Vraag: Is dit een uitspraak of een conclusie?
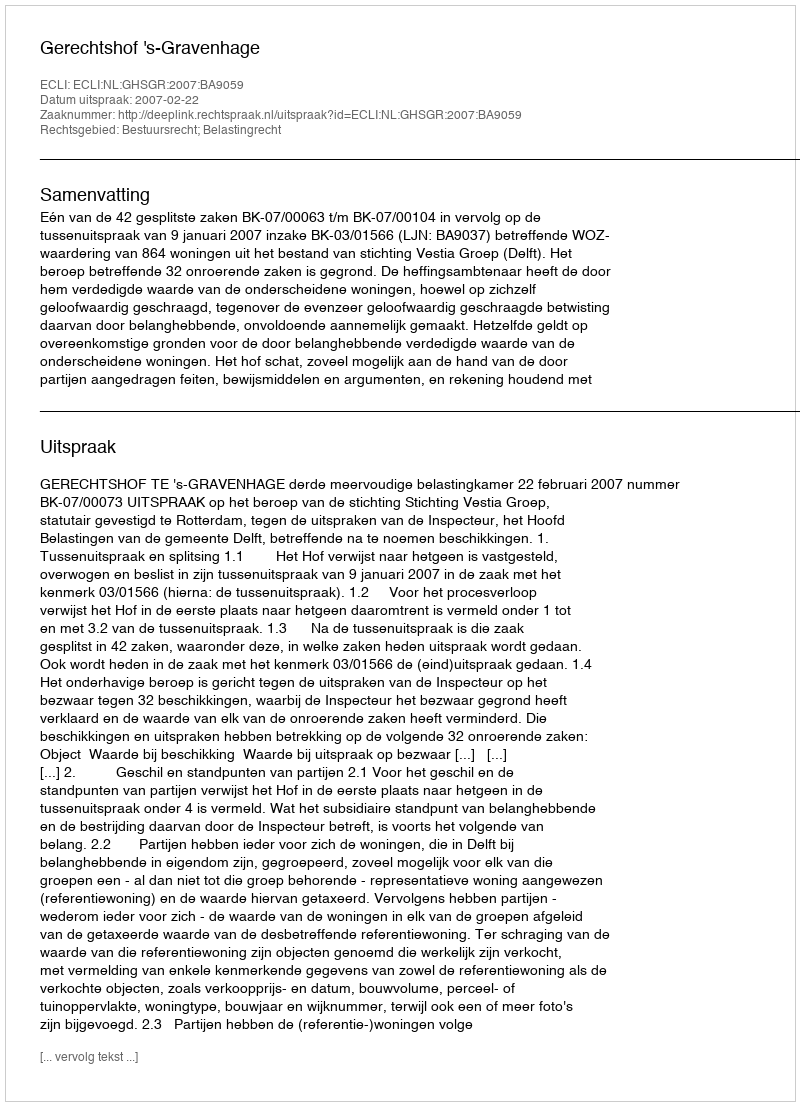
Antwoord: Uitspraak